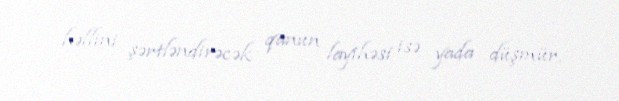
həllini şərtləndirəcək qanun layihəsi isə yada düşmür.